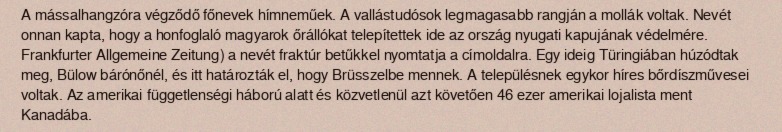
A mássalhangzóra végződő főnevek hímneműek. A vallástudósok legmagasabb rangján a mollák voltak. Nevét onnan kapta, hogy a honfoglaló magyarok őrállókat telepítettek ide az ország nyugati kapujának védelmére. Frankfurter Allgemeine Zeitung) a nevét fraktúr betűkkel nyomtatja a címoldalra. Egy ideig Türingiában húzódtak meg, Bülow bárónőnél, és itt határozták el, hogy Brüsszelbe mennek. A településnek egykor híres bőrdíszművesei voltak. Az amerikai függetlenségi háború alatt és közvetlenül azt követően 46 ezer amerikai lojalista ment Kanadába.